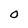
Character: O